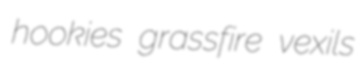
hookies grassfire vexils